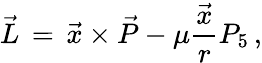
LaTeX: \vec{L}\, =\, \vec{x}\times\vec{P}-\mu\frac{\vec{x}}{r}P_{5}\, ,